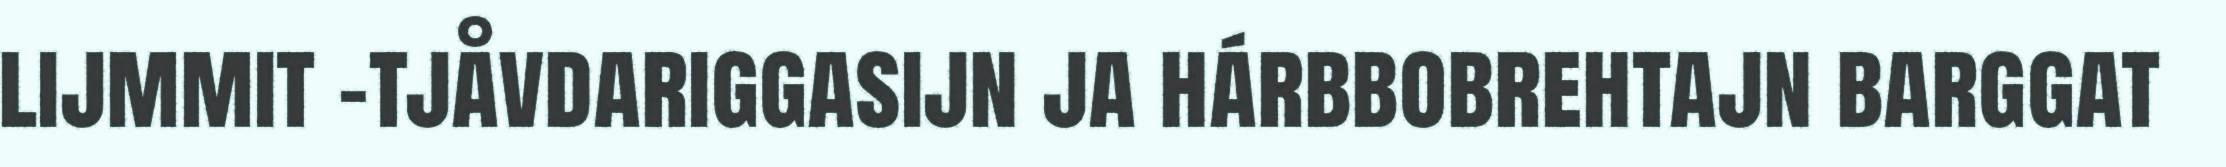
lijmmit -tjåvdariggasijn ja hárbbobrehtajn barggat